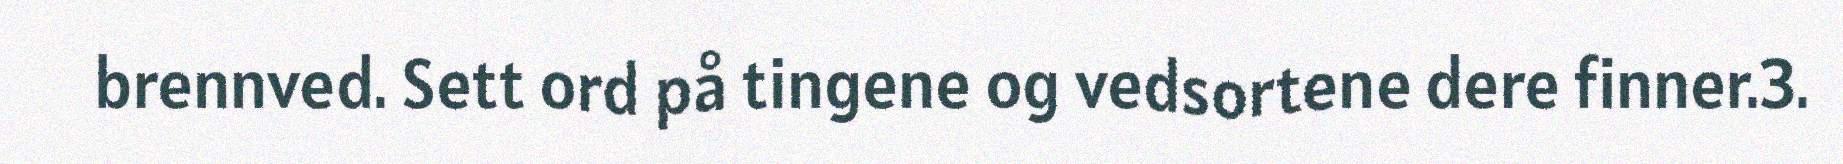
brennved. Sett ord på tingene og vedsortene dere finner.3.